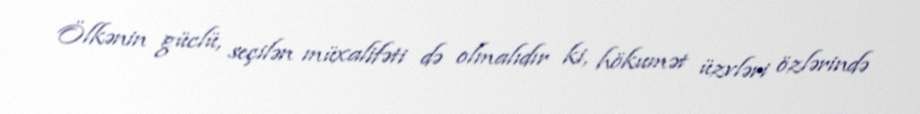
Ölkənin güclü, seçilən müxalifəti də olmalıdır ki, hökumət üzvləri özlərində